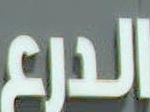
الدرع